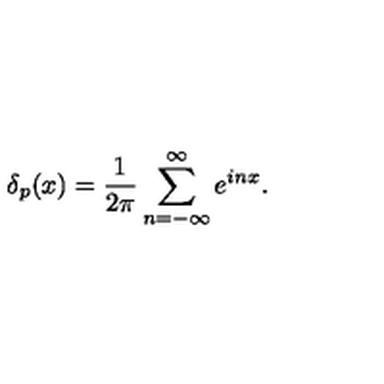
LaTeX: \delta _ { p } ( x ) = \frac { 1 } { 2 \pi } \sum _ { n = - \infty } ^ { \infty } e ^ { i n x } .